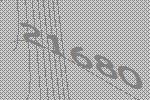
21680